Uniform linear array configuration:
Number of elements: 24
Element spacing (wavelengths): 1
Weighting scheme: exponential
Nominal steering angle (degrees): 30
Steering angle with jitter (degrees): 29.166
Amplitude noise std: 0.05
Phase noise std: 0.05

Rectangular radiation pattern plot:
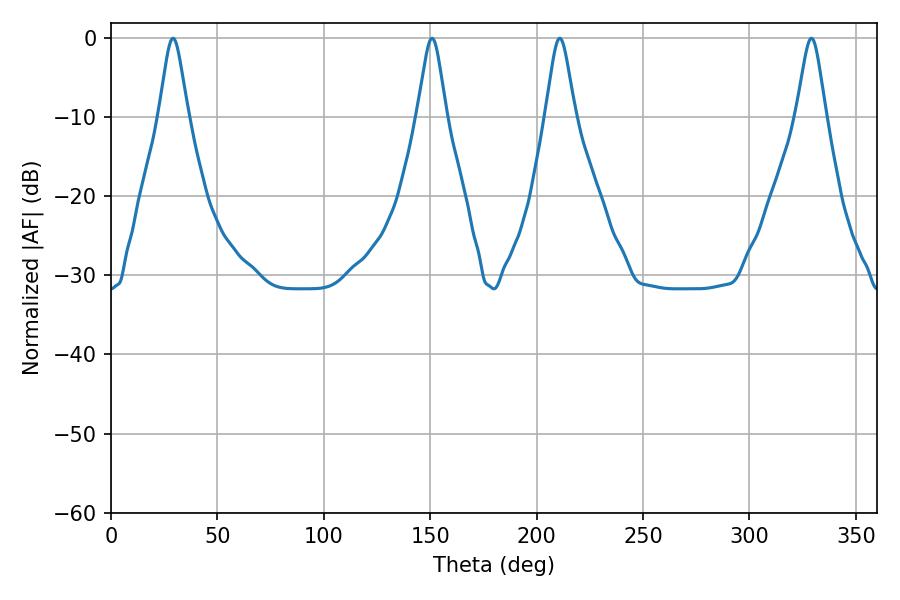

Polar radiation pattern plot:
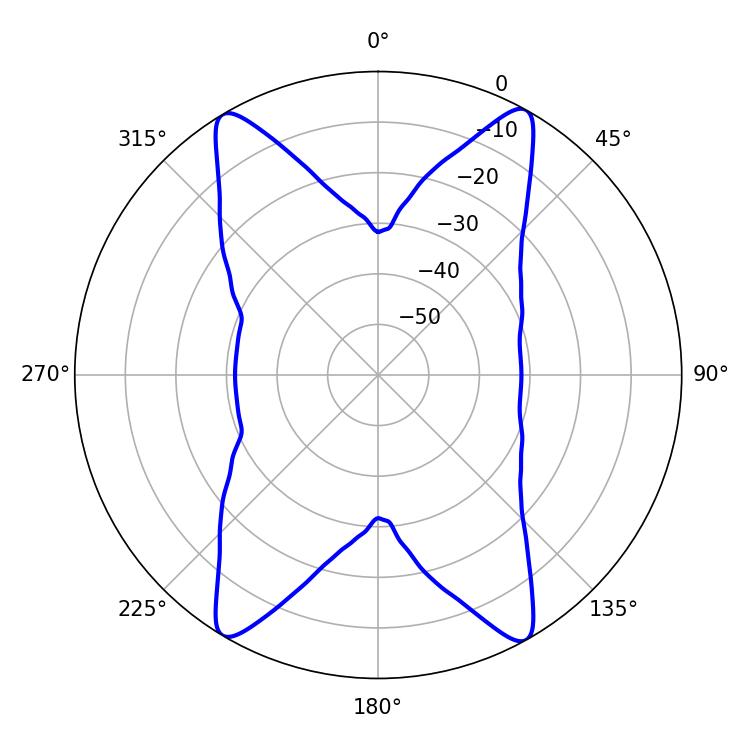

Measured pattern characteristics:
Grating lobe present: TRUE
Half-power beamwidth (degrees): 6.48
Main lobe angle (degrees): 29.16